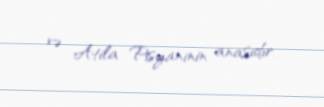
və Atila Pisyaninin anasıdır.